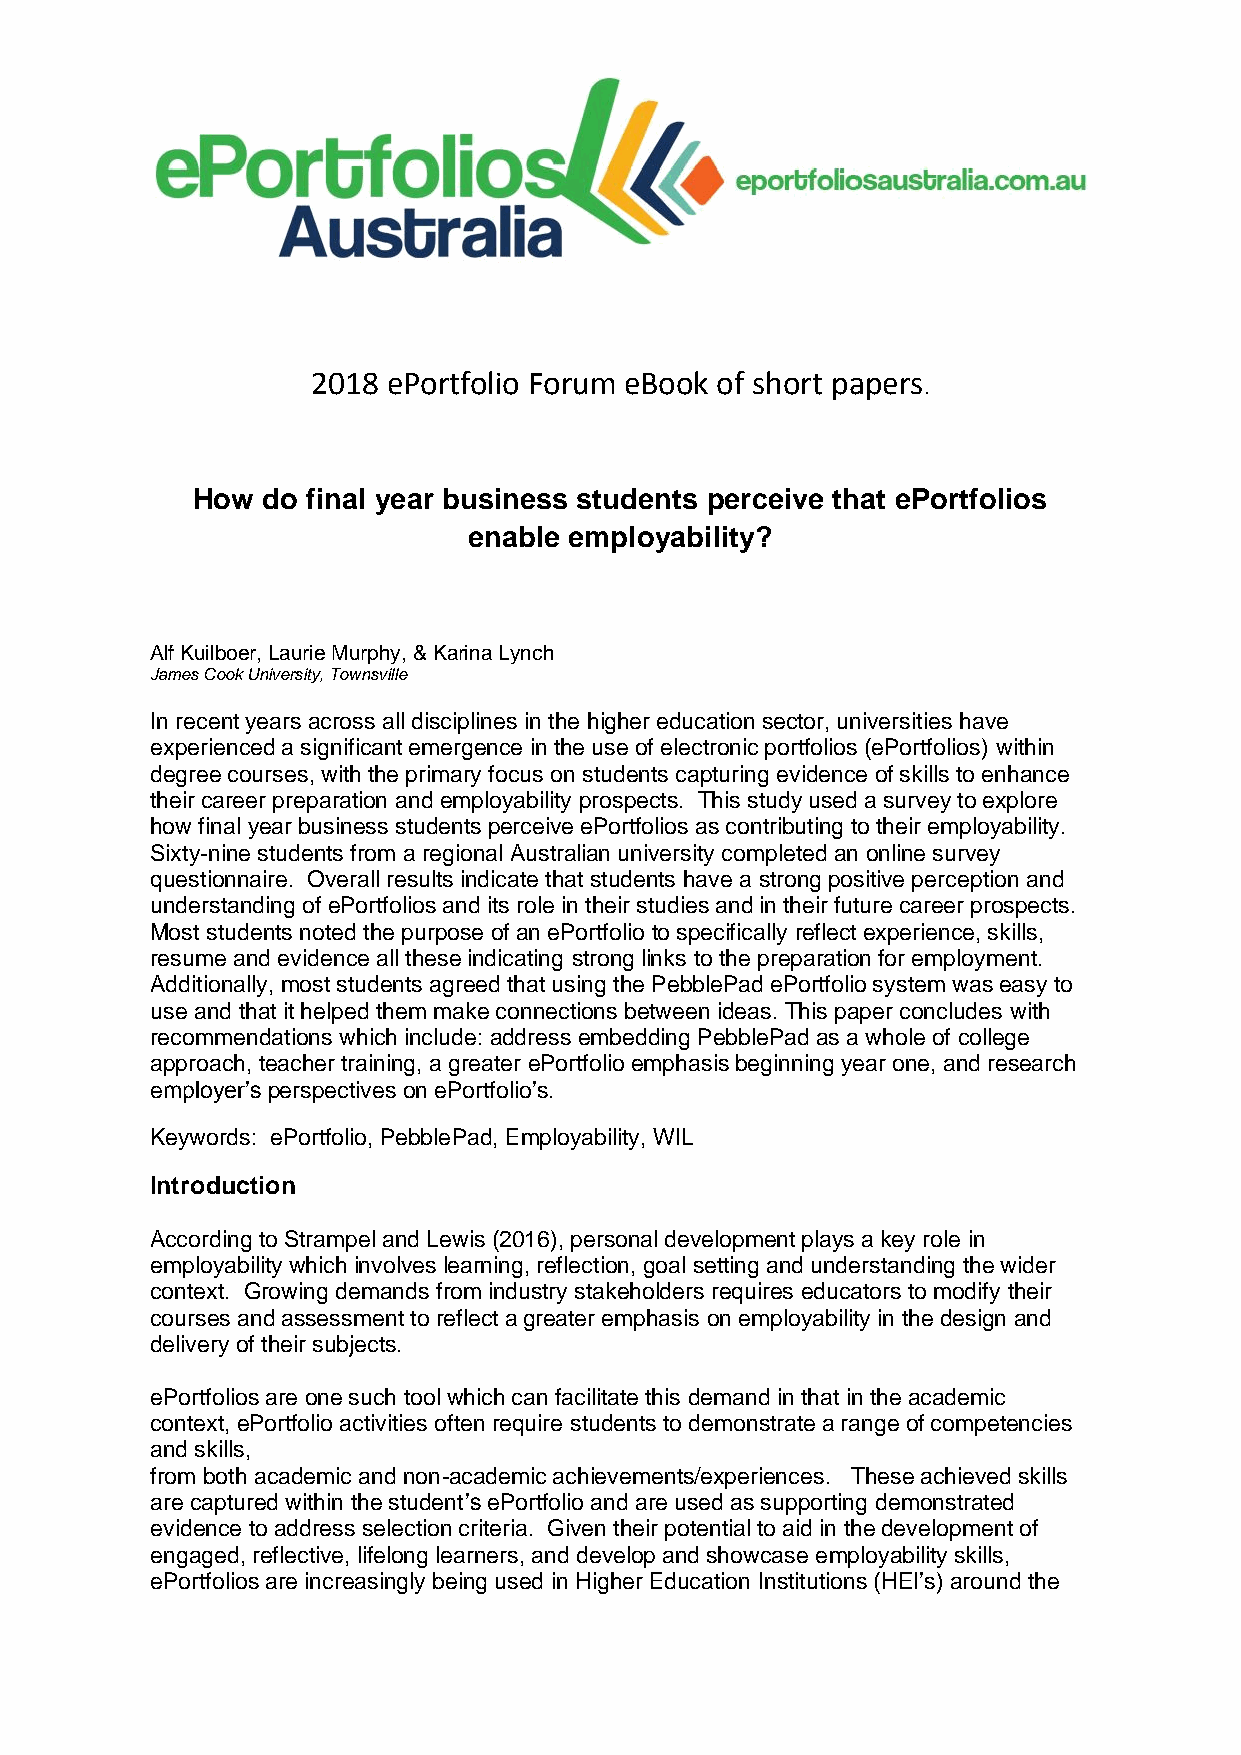
2018 ePortfolio Forum eBook of short papers
 .
 How do final year business students perceive that ePortfolios
 enable employability?
 Alf Kuilboer, Laurie Murphy, & Karina Lynch
 James Cook University, Townsville
 In recent years across all disciplines in the higher education sector, universities have
 experienced a significant emergence in the use of electronic portfolios (ePortfolios) within
 degree courses, with the primary focus on students capturing evidence of skills to enhance
 their career preparation and employability prospects. This study used a survey to explore
 how final year business students perceive ePortfolios as contributing to their employability.
 Sixty-nine students from a regional Australian university completed an online survey
 questionnaire. Overall results indicate that students have a strong positive perception and
 understanding of ePortfolios and its role in their studies and in their future career prospects.
 Most students noted the purpose of an ePortfolio to specifically reflect experience, skills,
 resume and evidence all these indicating strong links to the preparation for employment.
 Additionally, most students agreed that using the PebblePad ePortfolio system was easy to
 use and that it helped them make connections between ideas. This paper concludes with
 recommendations which include: address embedding PebblePad as a whole of college
 approach, teacher training, a greater ePortfolio emphasis beginning year one, and research
 employer’s perspectives on ePortfolio’s.
 Keywords: ePortfolio, PebblePad, Employability, WIL
 Introduction
 According to Strampel and Lewis (2016), personal development plays a key role in
 employability which involves learning, reflection, goal setting and understanding the wider
 context. Growing demands from industry stakeholders requires educators to modify their
 courses and assessment to reflect a greater emphasis on employability in the design and
 delivery of their subjects.
 ePortfolios are one such tool which can facilitate this demand in that in the academic
 context, ePortfolio activities often require students to demonstrate a range of competencies
 and skills,
 from both academic and non-academic achievements/experiences. These achieved skills
 are captured within the student’s ePortfolio and are used as supporting demonstrated
 evidence to address selection criteria. Given their potential to aid in the development of
 engaged, reflective, lifelong learners, and develop and showcase employability skills,
 ePortfolios are increasingly being used in Higher Education Institutions (HEI’s) around the